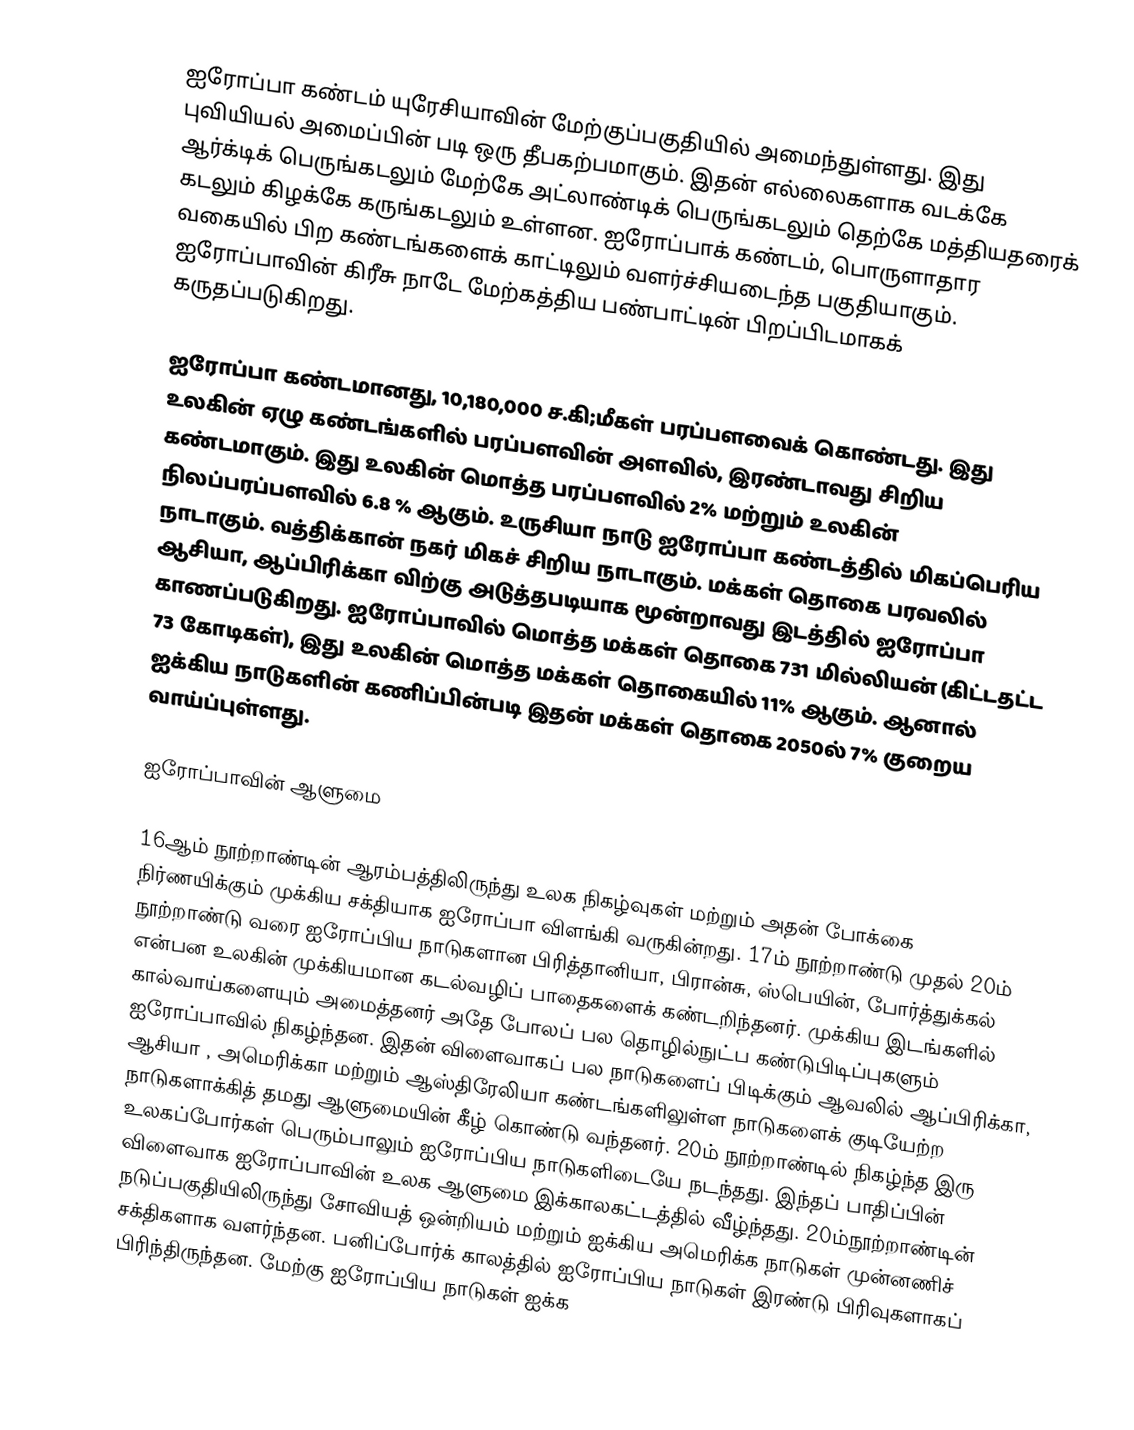
ஐரோப்பா கண்டம் யுரேசியாவின் மேற்குப்பகுதியில் அமைந்துள்ளது. இது புவியியல் அமைப்பின் படி ஒரு தீபகற்பமாகும். இதன் எல்லைகளாக வடக்கே ஆர்க்டிக் பெருங்கடலும் மேற்கே அட்லாண்டிக் பெருங்கடலும் தெற்கே மத்தியதரைக் கடலும் கிழக்கே கருங்கடலும் உள்ளன. ஐரோப்பாக் கண்டம், பொருளாதார வகையில் பிற கண்டங்களைக் காட்டிலும் வளர்ச்சியடைந்த பகுதியாகும். ஐரோப்பாவின் கிரீசு நாடே மேற்கத்திய பண்பாட்டின் பிறப்பிடமாகக் கருதப்படுகிறது.

ஐரோப்பா  கண்டமானது, 10,180,000 ச.கி;மீகள் பரப்பளவைக் கொண்டது. இது உலகின் ஏழு கண்டங்களில் பரப்பளவின் அளவில், இரண்டாவது சிறிய கண்டமாகும். இது உலகின் மொத்த பரப்பளவில் 2% மற்றும் உலகின் நிலப்பரப்பளவில் 6.8 % ஆகும். உருசியா நாடு ஐரோப்பா கண்டத்தில் மிகப்பெரிய நாடாகும். வத்திக்கான் நகர் மிகச் சிறிய நாடாகும். மக்கள் தொகை பரவலில் ஆசியா, ஆப்பிரிக்கா விற்கு அடுத்தபடியாக மூன்றாவது இடத்தில் ஐரோப்பா காணப்படுகிறது. ஐரோப்பாவில் மொத்த மக்கள் தொகை 731 மில்லியன் (கிட்டதட்ட 73 கோடிகள்), இது உலகின் மொத்த மக்கள் தொகையில் 11% ஆகும். ஆனால் ஐக்கிய நாடுகளின் கணிப்பின்படி இதன் மக்கள் தொகை 2050ல் 7% குறைய வாய்ப்புள்ளது.

ஐரோப்பாவின் ஆளுமை

16ஆம் நூற்றாண்டின் ஆரம்பத்திலிருந்து உலக நிகழ்வுகள் மற்றும் அதன் போக்கை நிர்ணயிக்கும் முக்கிய சக்தியாக ஐரோப்பா விளங்கி வருகின்றது. 17ம் நூற்றாண்டு முதல் 20ம் நூற்றாண்டு வரை ஐரோப்பிய நாடுகளான பிரித்தானியா, பிரான்சு, ஸ்பெயின், போர்த்துக்கல் என்பன உலகின் முக்கியமான கடல்வழிப் பாதைகளைக் கண்டறிந்தனர். முக்கிய இடங்களில் கால்வாய்களையும் அமைத்தனர் அதே போலப் பல தொழில்நுட்ப கண்டுபிடிப்புகளும் ஐரோப்பாவில் நிகழ்ந்தன. இதன் விளைவாகப் பல நாடுகளைப் பிடிக்கும் ஆவலில் ஆப்பிரிக்கா, ஆசியா , அமெரிக்கா மற்றும் ஆஸ்திரேலியா கண்டங்களிலுள்ள நாடுகளைக் குடியேற்ற நாடுகளாக்கித் தமது ஆளுமையின் கீழ் கொண்டு வந்தனர். 20ம் நூற்றாண்டில் நிகழ்ந்த இரு உலகப்போர்கள் பெரும்பாலும் ஐரோப்பிய நாடுகளிடையே நடந்தது. இந்தப் பாதிப்பின் விளைவாக ஐரோப்பாவின் உலக ஆளுமை இக்காலகட்டத்தில் வீழ்ந்தது. 20ம்நூற்றாண்டின் நடுப்பகுதியிலிருந்து சோவியத் ஒன்றியம் மற்றும் ஐக்கிய அமெரிக்க நாடுகள் முன்னணிச் சக்திகளாக வளர்ந்தன. பனிப்போர்க் காலத்தில் ஐரோப்பிய நாடுகள் இரண்டு பிரிவுகளாகப் பிரிந்திருந்தன. மேற்கு ஐரோப்பிய நாடுகள் ஐக்க